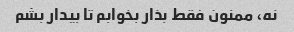
نه، ممنون فقط بذار بخوابم تا بیدار بشم